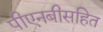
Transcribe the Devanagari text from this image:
पीएनबीसहित